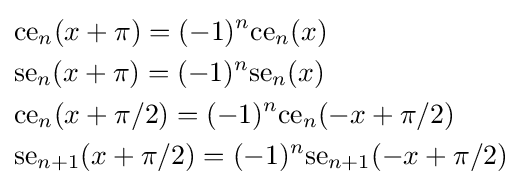
{\begin{aligned}&{\text{ce}}_{n}(x+\pi )=(-1)^{n}{\text{ce}}_{n}(x)\\&{\text{se}}_{n}(x+\pi )=(-1)^{n}{\text{se}}_{n}(x)\\&{\text{ce}}_{n}(x+\pi /2)=(-1)^{n}{\text{ce}}_{n}(-x+\pi /2)\\&{\text{se}}_{n+1}(x+\pi /2)=(-1)^{n}{\text{se}}_{n+1}(-x+\pi /2)\end{aligned}}